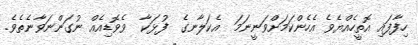
ހިފާފައި އޮތީހެއްޔެވެ އެހެންކަމަށްވަނީނަމަ  އެކަލާނގެ  ފުޅަކާ  ވެވޮޑިއެއް ނުގަންނަވާނެތެވެ.